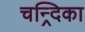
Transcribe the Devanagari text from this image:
चन्र्दिका